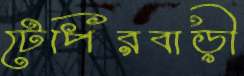
টেপিরবাড়ী